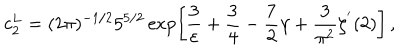
c _ { 2 } ^ { L } = ( 2 \pi ) ^ { - 1 / 2 } 5 ^ { 5 / 2 } \exp \left[ \frac { 3 } { \varepsilon } + \frac { 3 } { 4 } - \frac { 7 } { 2 } \gamma + \frac { 3 } { \pi ^ { 2 } } \zeta ^ { ' } ( 2 ) \right] \, ,